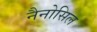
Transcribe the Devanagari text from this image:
नैनोसिल